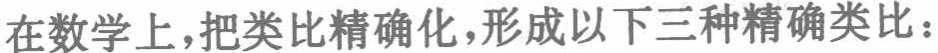
在数学上，把类比精确化，形成以下三种精确类比：